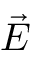
\vec { E }